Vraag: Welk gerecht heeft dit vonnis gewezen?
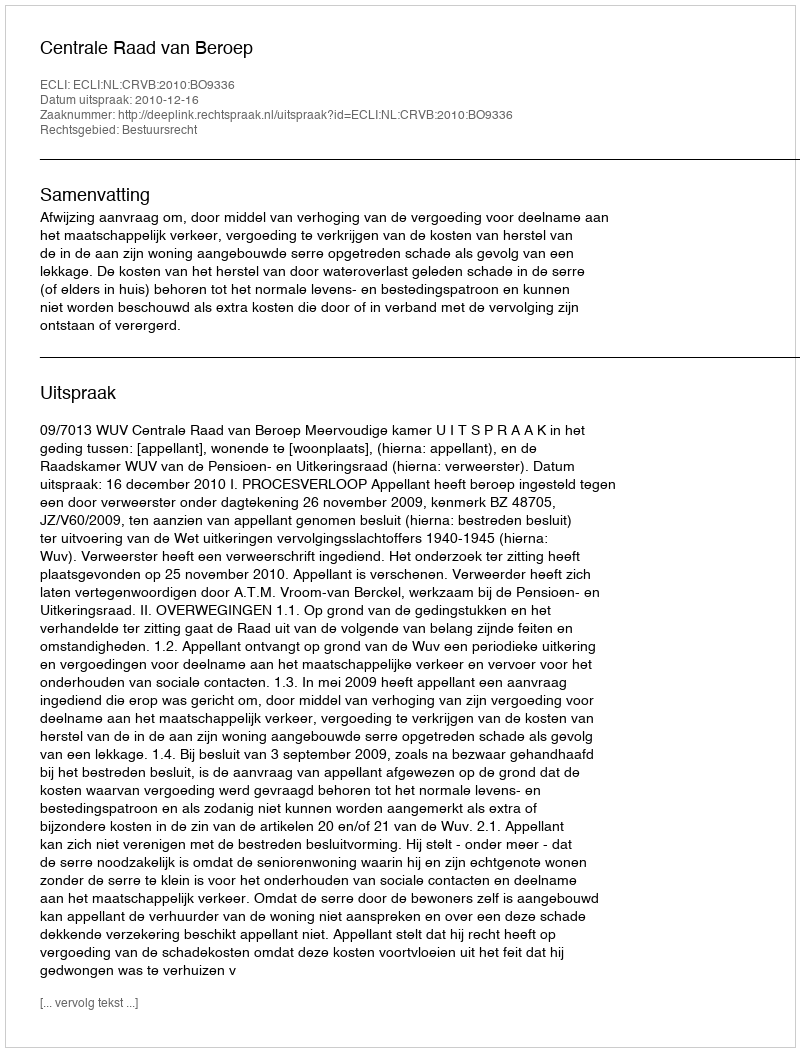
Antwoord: Centrale Raad van Beroep